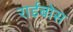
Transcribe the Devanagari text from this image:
राईबोस